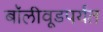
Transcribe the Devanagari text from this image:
बॉलीवूडपर्यंत